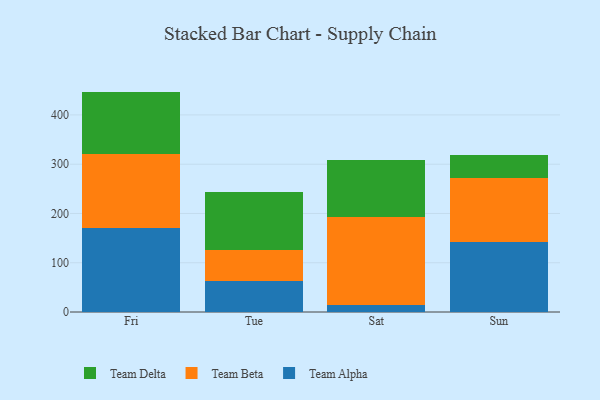
{"axis": {"x": "Day", "y": "Bounce Rate (%)"}, "legend": ["Team Alpha", "Team Beta", "Team Delta"], "data": [{"x": "Fri", "y": 169.9, "type": "Team Alpha"}, {"x": "Fri", "y": 151.3, "type": "Team Beta"}, {"x": "Fri", "y": 126.2, "type": "Team Delta"}, {"x": "Tue", "y": 63.5, "type": "Team Alpha"}, {"x": "Tue", "y": 62.7, "type": "Team Beta"}, {"x": "Tue", "y": 116.9, "type": "Team Delta"}, {"x": "Sat", "y": 14.7, "type": "Team Alpha"}, {"x": "Sat", "y": 178.9, "type": "Team Beta"}, {"x": "Sat", "y": 115.3, "type": "Team Delta"}, {"x": "Sun", "y": 141.2, "type": "Team Alpha"}, {"x": "Sun", "y": 130.9, "type": "Team Beta"}, {"x": "Sun", "y": 47.2, "type": "Team Delta"}]}